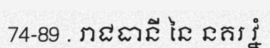
74-89 . រាជធានី នៃ នគរ វ្នំ